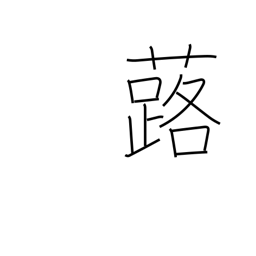
Meaning: bog rhubarb